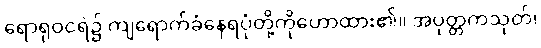
ရောရုဝငရဲ၌ ကျရောက်ခံနေရပုံတို့ကိုဟောထား၏။ အပုတ္တကသုတ်၊